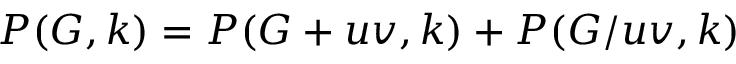
P ( G , k ) = P ( G + u v , k ) + P ( G / u v , k )